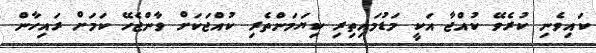
ކައިވެނި ކުރެވޭ ކުއްޖާ އަކީ މަޑުމައިތިރި ކިޔަމަންތެރި ކުއްޖަކަށް ވާންޖެހޭ ކަމަށް ރައިހާން